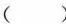
$$\frac { 1 0 0 a } { x }$$ 元 D. $$\frac { a } { 1 - \frac { x } { 1 0 0 } }$$ 元